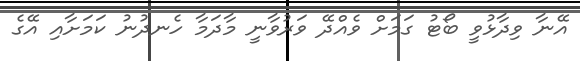
އޭނާ ވިދާޅުވީ ބޯޓު ގަމަށް ވެއްދޭ ވަރުވާނީ މާދަމާ ހެނދުނު ކަމަށާއި އޭގެ